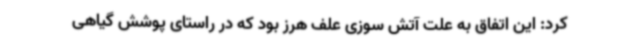
کرد: این اتفاق به علت آتش سوزی علف هرز بود که در راستای پوشش گیاهی